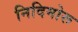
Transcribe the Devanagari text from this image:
निदिमोरू